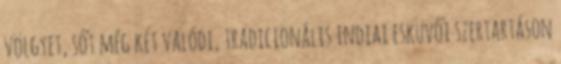
völgyet, sőt még két valódi, tradicionális indiai esküvői szertartáson